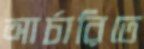
আর্চারিতে